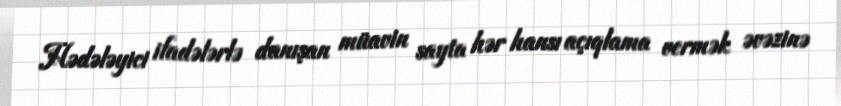
Hədələyici ifadələrlə danışan müavin sayta hər hansı açıqlama vermək əvəzinə